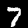
Label: 7